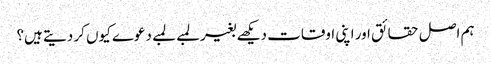
ہم اصل حقائق اور اپنی اوقات دیکھے بغیر لمبے لمبے دعوے کیوں کر دیتے ہیں؟